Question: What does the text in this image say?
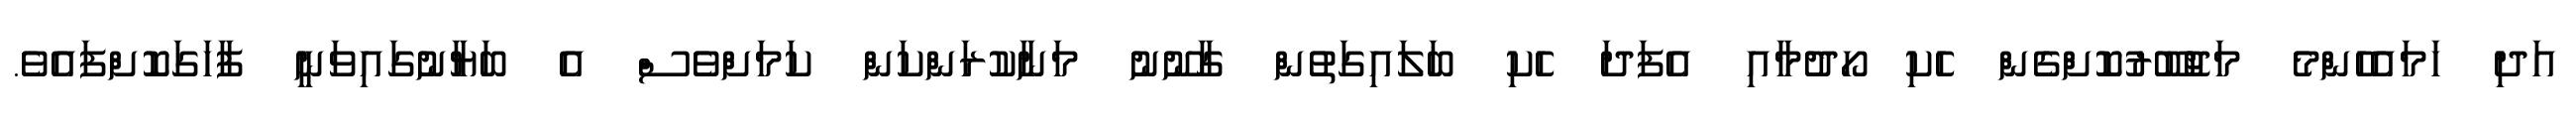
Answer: އަދި ހަމައެހެންމެ މަޖުބޫރުކޮށްގެން ހެކި ހޯދުމާއި އެފަދަ ހެކި ބަލައިގަތުން ގާނޫނު މަނާކުރަންކަން ކަމަށްވެސް އެ ބަޔާނުގައިވަނީ ފާހަގަކޮށްފައެވެ.